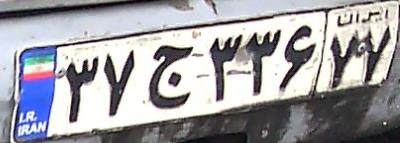
۳۷ج۳۳۶۷۷